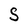
Character: S